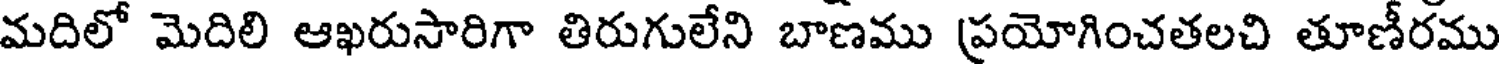
మదిలో మెదిలి ఆఖరుసారిగా తిరుగులేని బాణము ప్రయోగించతలచి తూణీరము